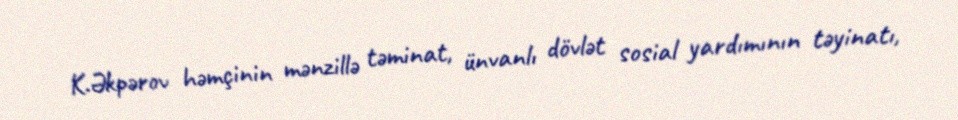
K.Əkpərov həmçinin mənzillə təminat, ünvanlı dövlət sosial yardımının təyinatı,